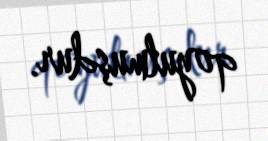
qoyulmuşdur.